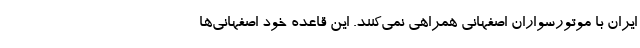
ایران با موتورسواران اصفهانی همراهی نمی‌کنند. این قاعده خود اصفهانی‌ها